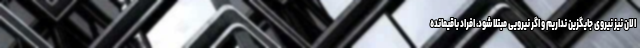
الان نیز نیروی جایگزین نداریم و اگر نیرویی مبتلا شود، افراد باقیمانده